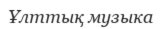
Ұлттық музыка